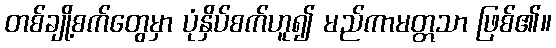
တစ်ချို့စက်တွေမှာ ပုံနှိပ်စက်ဟူ၍ မည်ကာမတ္တသာ ဖြစ်၏။